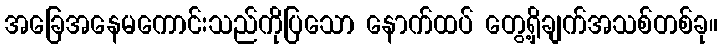
အခြေအနေမကောင်းသည်ကိုပြသော နောက်ထပ် တွေ့ရှိချက်အသစ်တစ်ခု။